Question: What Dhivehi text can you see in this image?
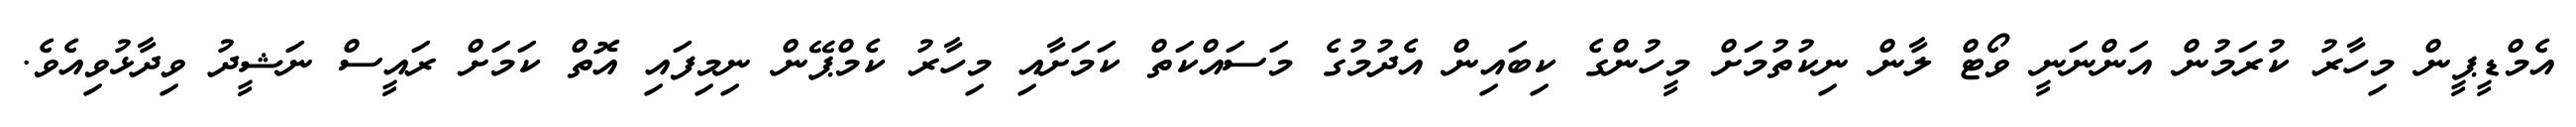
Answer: އެމްޑީޕީން މިހާރު ކުރަމުން އަންނަނީ ވޯޓް ލާން ނިކުތުމަށް މީހުންގެ ކިބައިން އެދުމުގެ މަސައްކަތް ކަމަށާއި މިހާރު ކެމްޕޭން ނިމިފައި އޮތް ކަމަށް ރައީސް ނަޝީދު ވިދާޅުވިއެވެ.